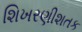
શિખરણીશતક